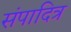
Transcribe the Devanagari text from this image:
संपादित्र